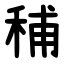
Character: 秿